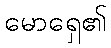
မောရှေ၏